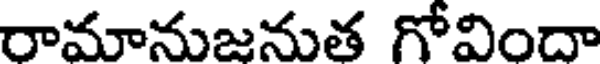
రామానుజనుత గోవిందా